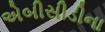
એબીસીડીના